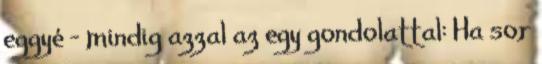
eggyé – mindig azzal az egy gondolattal: Ha sor